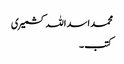
محمد اسد اللہ کشمیری
کتب ۔